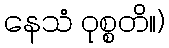
နေသံ ဝုစ္စတိ။)